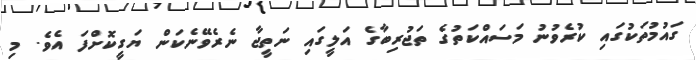
ގައުމުތަކުގައި ކުރެވުނު މަސައްކަތުގެ ތަޖުރިބާގެ އަލީގައި ނަތީޖާ ނެރެވޭނެކަން ޔަގީކޮށްފަ އެވެ. މި